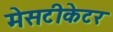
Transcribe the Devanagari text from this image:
मेसटीकेटर